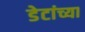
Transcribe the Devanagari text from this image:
डेटांच्या